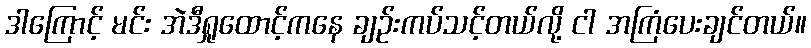
ဒါကြောင့် မင်း အဲဒီရှုထောင့်ကနေ ချဉ်းကပ်သင့်တယ်လို့ ငါ အကြံပေးချင်တယ်။